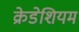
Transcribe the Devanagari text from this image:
क्रेडेशियम